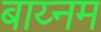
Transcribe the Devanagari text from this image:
बाय्नम